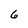
Character: 6